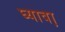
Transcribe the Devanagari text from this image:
घ्यावा़